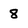
Character: 8